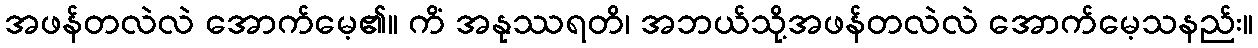
အဖန်တလဲလဲ အောက်မေ့၏။ ကိံ အနုဿရတိ၊ အဘယ်သို့အဖန်တလဲလဲ အောက်မေ့သနည်း။